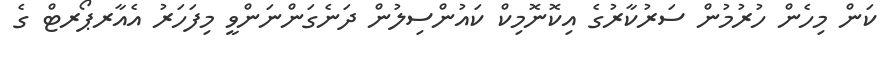
ކަން މިހެން ހުރުމުން ސަރުކާރުގެ އިކޮނޮމިކް ކައުންސިލުން ދަނެގަންނަންވީ މިފަހަރު އެއާރޕޯރޓް ގެ